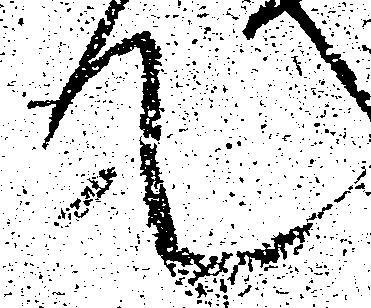
て